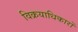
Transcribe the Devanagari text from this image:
विक्रयाधिकारों